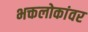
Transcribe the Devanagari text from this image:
भक्तलोकांवर